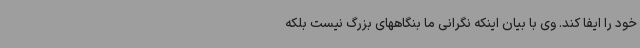
خود را ایفا کند. وی با بیان اینکه نگرانی ما بنگاههای بزرگ نیست بلکه